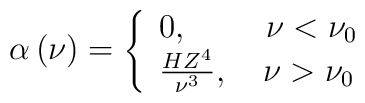
\alpha \left(\nu \right) = \left\{ {{\begin{array}{*{20}c} {0,\quad\quad~\nu < \nu _0 } \hfill \\ {\frac{HZ^4}{\nu ^3},\quad\nu > \nu _0 } \hfill \\\end{array} }} \right .